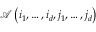
\mathcal { A } \left( i _ { 1 } , \ldots , i _ { d } , j _ { 1 } , \ldots , j _ { d } \right)